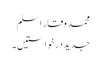
محمد وقار اسلم
جدید درخواستیں۔